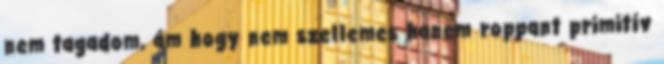
nem tagadom, ám hogy nem szellemes hanem roppant primitív